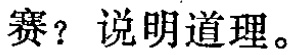
赛？说明道理。